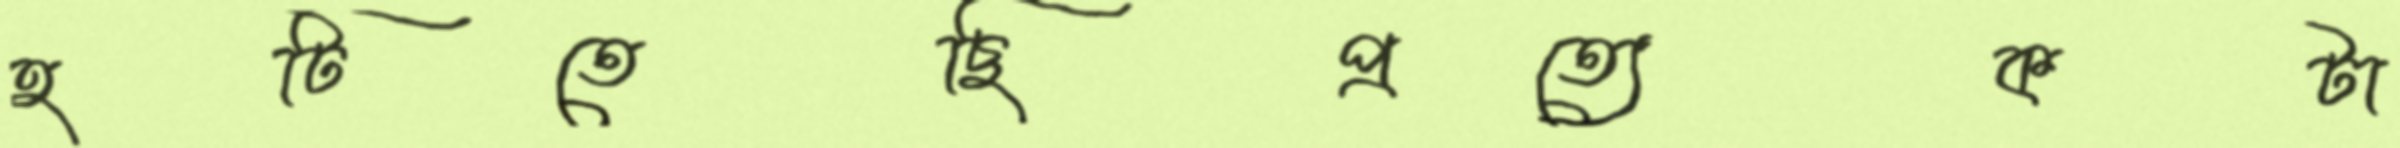
হটিতেছিপ্রত্যেকটা